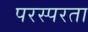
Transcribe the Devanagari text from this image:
परस्परता